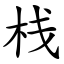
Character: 栈